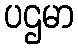
ပဌမာ